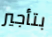
بتأجير